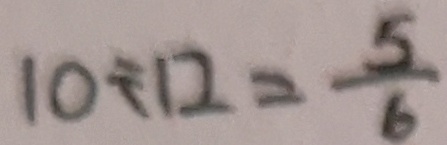
1 0 \div 1 2 = \frac { 5 } { 6 }